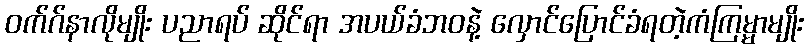
ဝက်ဂ်နာလိုမျိုး ပညာရပ် ဆိုင်ရာ အပယ်ခံဘဝနဲ့ လှောင်ပြောင်ခံရတဲ့ကံကြမ္မာမျိုး